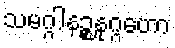
သမဂ္ဂါနဉ္စနုဂ္ဂဟော